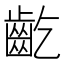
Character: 齕